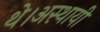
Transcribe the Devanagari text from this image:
थे।अस्थायी